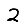
Digit: 2